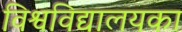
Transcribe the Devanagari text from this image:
विश्वविद्यालयका